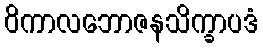
ဝိကာလဘောဇနသိက္ခာပဒံ